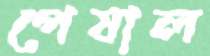
পেষাল